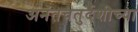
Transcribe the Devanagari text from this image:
अनंतचतुर्दशीच्या